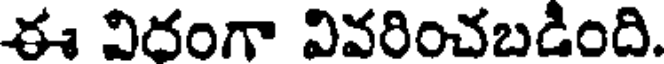
ఈ విదంగా వివరించబడింది.